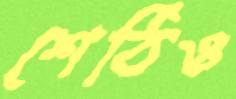
শেঠিও